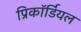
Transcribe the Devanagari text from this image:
प्रिकॉर्डियल